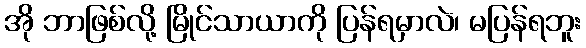
အို ဘာဖြစ်လို့ မြိုင်သာယာကို ပြန်ရမှာလဲ၊ မပြန်ရဘူး